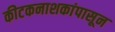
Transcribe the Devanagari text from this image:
कीटकनाशकांपासून